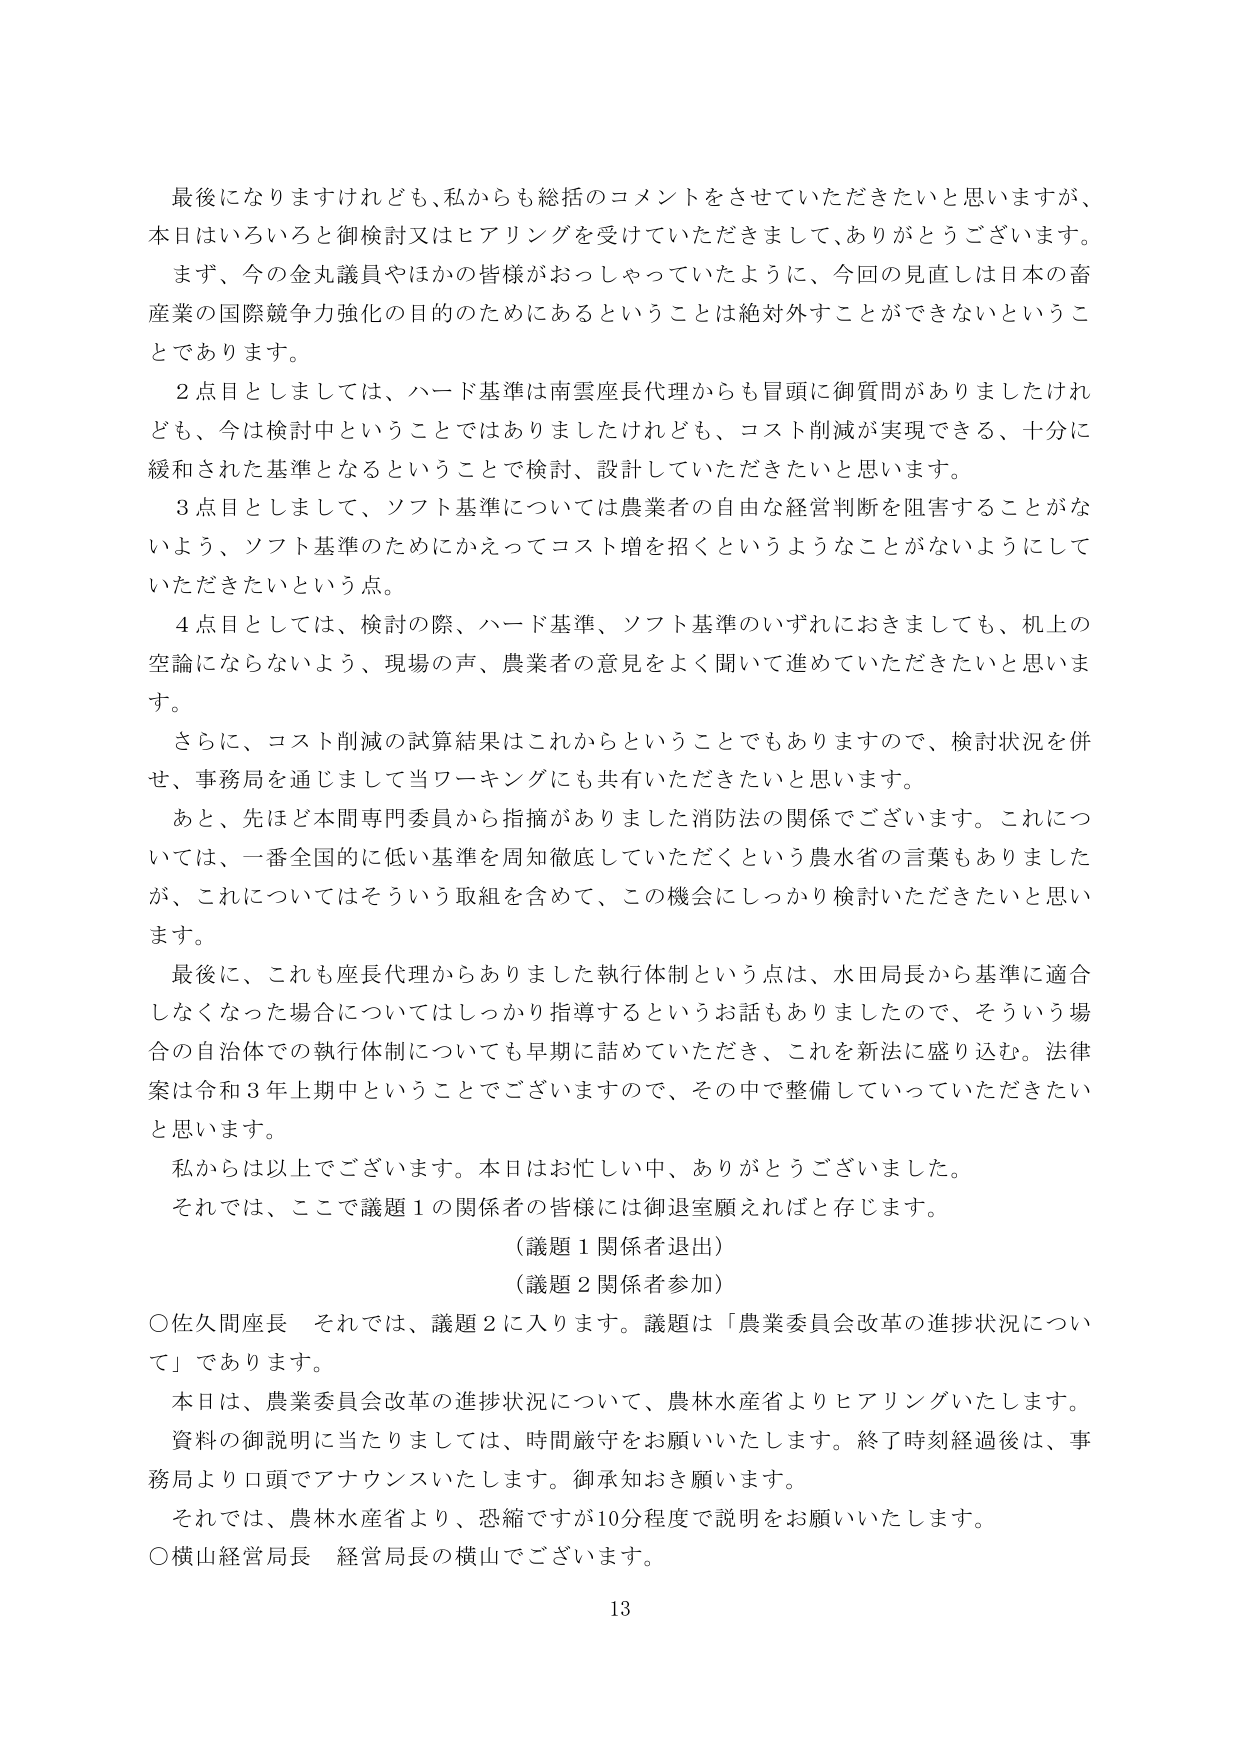
最後になりますけれども、私からも総括のコメントをさせていただきたいと思いますが、
本日はいろいろと御検討又はヒアリングを受けていただきまして、ありがとうございます。
まず、今の金丸議員やほかの皆様がおっしゃっていたように、今回の見直しは日本の畜
産業の国際競争力強化の目的のためにあるということは絶対外すことができないというこ
とであります。

２点目としましては、ハード基準は南雲座長代理からも冒頭に御質問がありましたけれ
ども、今は検討中ということではありましたけれども、コスト削減が実現できる、十分に
緩和された基準となるということで検討、設計していただきたいと思います。

３点目としまして、ソフト基準については農業者の自由な経営判断を阻害することがな
いよう、ソフト基準のためにかえってコスト増を招くというようなことがないようにして
いただきたいという点。

４点目としては、検討の際、ハード基準、ソフト基準のいずれにおきましても、机上の
空論にならないよう、現場の声、農業者の意見をよく聞いて進めていただきたいと思いま
す。

さらに、コスト削減の試算結果はこれからということもありますので、検討状況を併
せ、事務局を通じまして当ワーキングにも共有いただきたいと思います。

あと、先ほど本間専門委員から指摘がありました消防法の関係でございます。これにつ
いては、一番全国的に低い基準を周知徹底していただくという農水省の言葉もありました
が、これについてはそういう取組を含めて、この機会にしっかり検討いただきたいと思い
ます。

最後に、これも座長代理からありました執行体制という点は、水田局長から基準に適合
しなくなった場合についてはしっかり指導するというお話もありましたので、そういう場
合の自治体での執行体制についても早期に詰めていただき、これを新法に盛り込む。法律
案は令和３年上期中ということでございますので、その中で整備していっていただきたい
と思います。

私からは以上でございます。本日はお忙しい中、ありがとうございました。
それでは、ここで議題１の関係者の皆様には御退室願えればと存じます。
（議題１関係者退出）
（議題２関係者参加）

○佐久間座長　それでは、議題２に入ります。議題は「農業委員会改革の進捗状況につい
て」であります。

本日は、農業委員会改革の進捗状況について、農林水産省よりヒアリングいたします。
資料の御説明に当たりましては、時間厳守をお願いいたします。終了時刻経過後は、事
務局より口頭でアナウンスいたします。御承知おき願います。

それでは、農林水産省より、恐縮ですが10分程度で説明をお願いいたします。
○横山経営局長　経営局長の横山でございます。

13